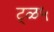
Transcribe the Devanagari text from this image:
ट्ळ५